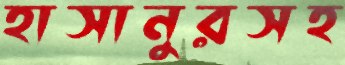
হাসানুরসহ